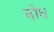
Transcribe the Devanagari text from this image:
नोध